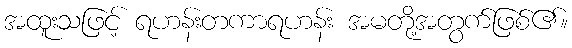
အထူးသဖြင့် ရဟန်းတကာရဟန်း အမတို့အတွက်ဖြစ်၏။